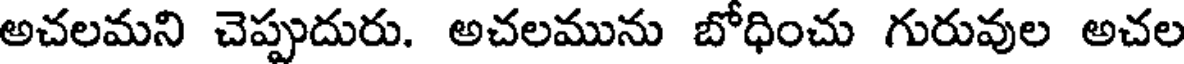
అచలమని చెప్పుదురు. అచలమును బోధించు గురువుల అచల